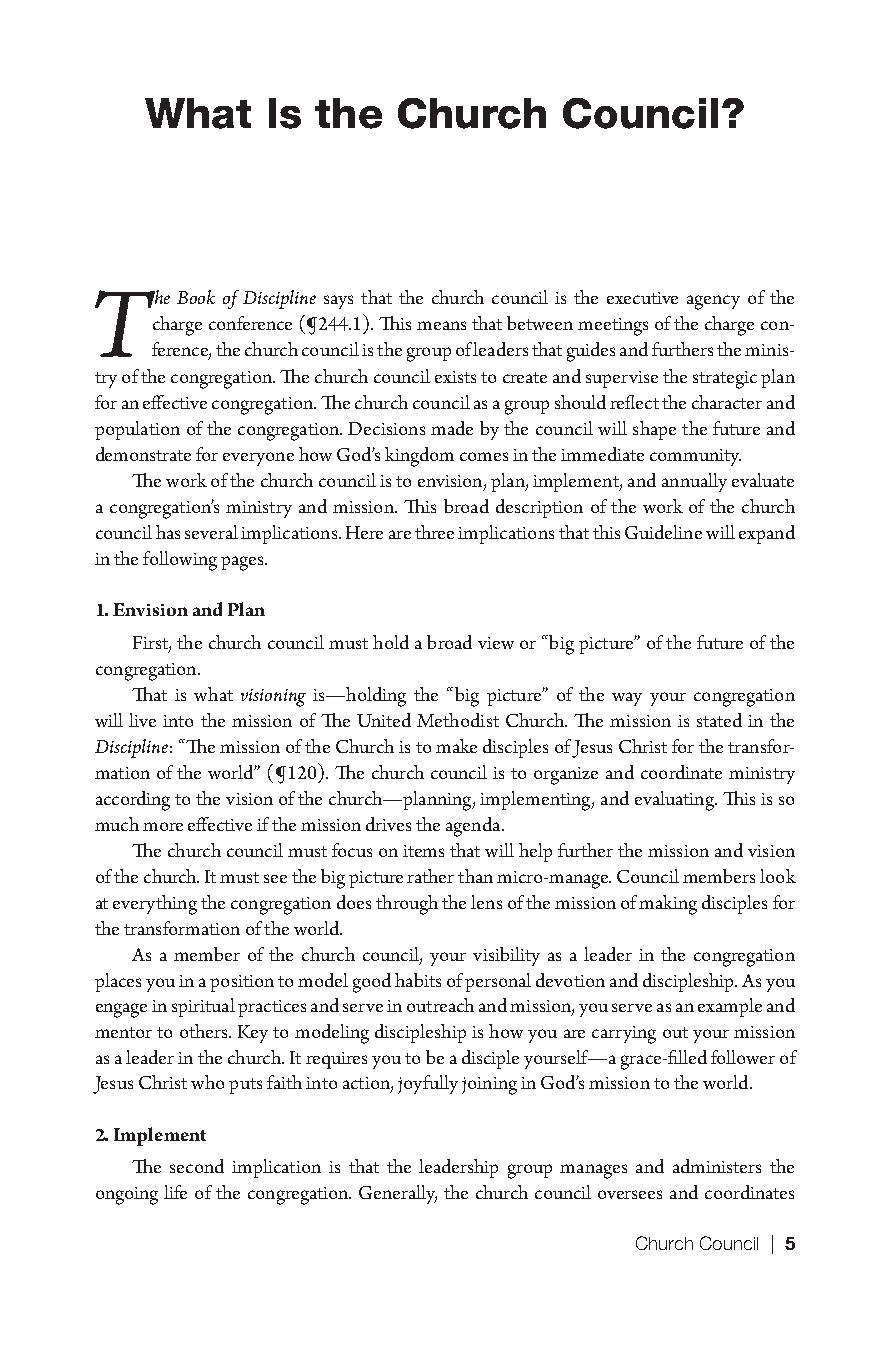
What    Is the  Church     Council?
 T   he Book of Discipline says that the church council is the executive agency of the
 charge conference (¶244.1). This means that between meetings of the charge con-
 ference, the church council is the group of leaders that guides and furthers the minis-
 try of the congregation. The church council exists to create and supervise the strategic plan
 for an effective congregation. The church council as a group should reflect the character and
 population of the congregation. Decisions made by the council will shape the future and
 demonstrate for everyone how God’s kingdom comes in the immediate community.
 The work of the church council is to envision, plan, implement, and annually evaluate
 a congregation’s ministry and mission. This broad description of the work of the church
 council has several implications. Here are three implications that this Guideline will expand
 in the following pages.
 1. Envision and Plan
 First, the church council must hold a broad view or “big picture” of the future of the
 congregation.
 That is what visioning is—holding the “big picture” of the way your congregation
 will live into the mission of The United Methodist Church. The mission is stated in the
 Discipline: “The mission of the Church is to make disciples of Jesus Christ for the transfor-
 mation of the world” (¶120). The church council is to organize and coordinate ministry
 according to the vision of the church—planning, implementing, and evaluating. This is so
 much more effective if the mission drives the agenda.
 The church council must focus on items that will help further the mission and vision
 of the church. It must see the big picture rather than micro-manage. Council members look
 at everything the congregation does through the lens of the mission of making disciples for
 the transformation of the world.
 As a member of the church council, your visibility as a leader in the congregation
 places you in a position to model good habits of personal devotion and discipleship. As you
 engage in spiritual practices and serve in outreach and mission, you serve as an example and
 mentor to others. Key to modeling discipleship is how you are carrying out your mission
 as a leader in the church. It requires you to be a disciple yourself—a grace-filled follower of
 Jesus Christ who puts faith into action, joyfully joining in God’s mission to the world.
 2. Implement
 The second implication is that the leadership group manages and administers the
 ongoing life of the congregation. Generally, the church council oversees and coordinates
 Church Council | 5
 9781501830303_INT_layout.indd 5                     8/8/16 9:37 AM